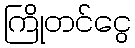
ကြိုတင်ငွေ